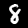
Label: 8